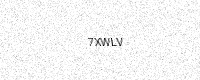
Text: 7XWLV